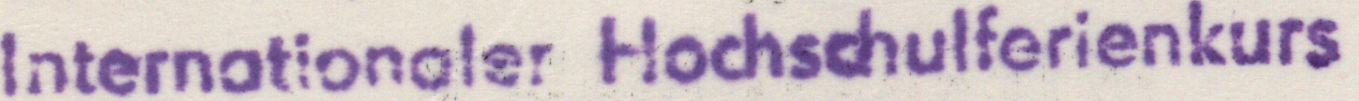
Internationaler Hochschulferienkurs